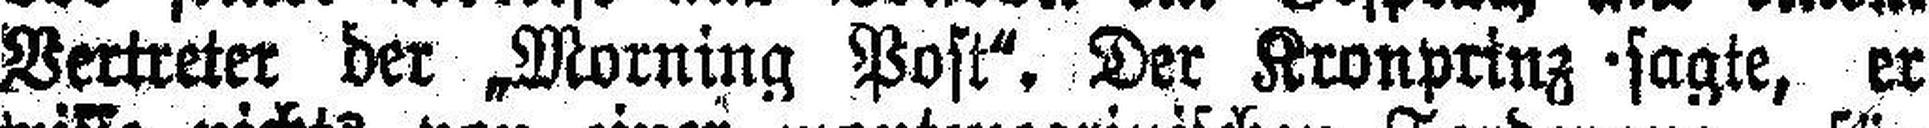
Vertreter der „Morning Post“. Der Kronpring sagte, er